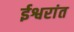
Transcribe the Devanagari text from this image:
ईश्वरांत